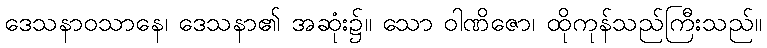
ဒေသနာဝသာနေ၊ ဒေသနာ၏ အဆုံး၌။ သော ဝါဏိဇော၊ ထိုကုန်သည်ကြီးသည်။